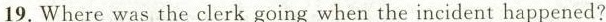
19.Where was the clerk going when the incident happened?